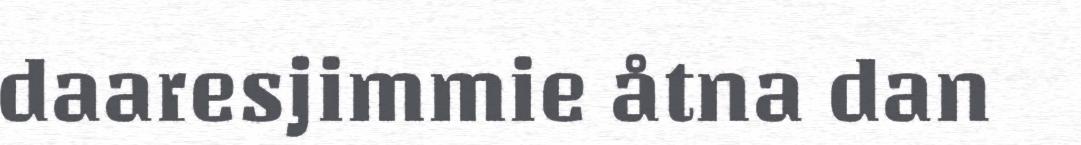
daaresjimmie åtna dan